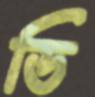
ডি